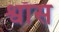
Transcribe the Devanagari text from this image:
श्वाँस